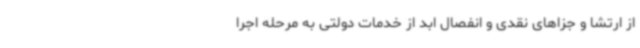
از ارتشا و جزاهای نقدی و انفصال ابد از خدمات دولتی به مرحله اجرا